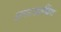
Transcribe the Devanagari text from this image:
अनटरहाचिंग